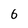
Character: 6